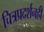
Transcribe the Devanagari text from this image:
चित्रप्रदर्शनही